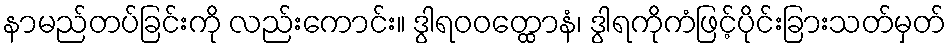
နာမည်တပ်ခြင်းကို လည်းကောင်း။ ဒွါရဝဝတ္ထောနံ၊ ဒွါရကိုကံဖြင့်ပိုင်းခြားသတ်မှတ်